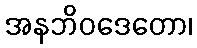
အနဘိဝဒေတော၊